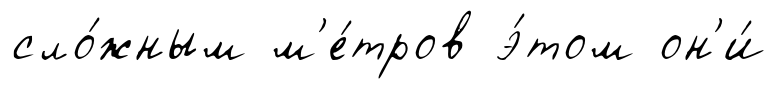
сло́жным м'е́тров э́том он'и́